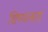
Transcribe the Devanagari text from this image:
शिष्यत्वता